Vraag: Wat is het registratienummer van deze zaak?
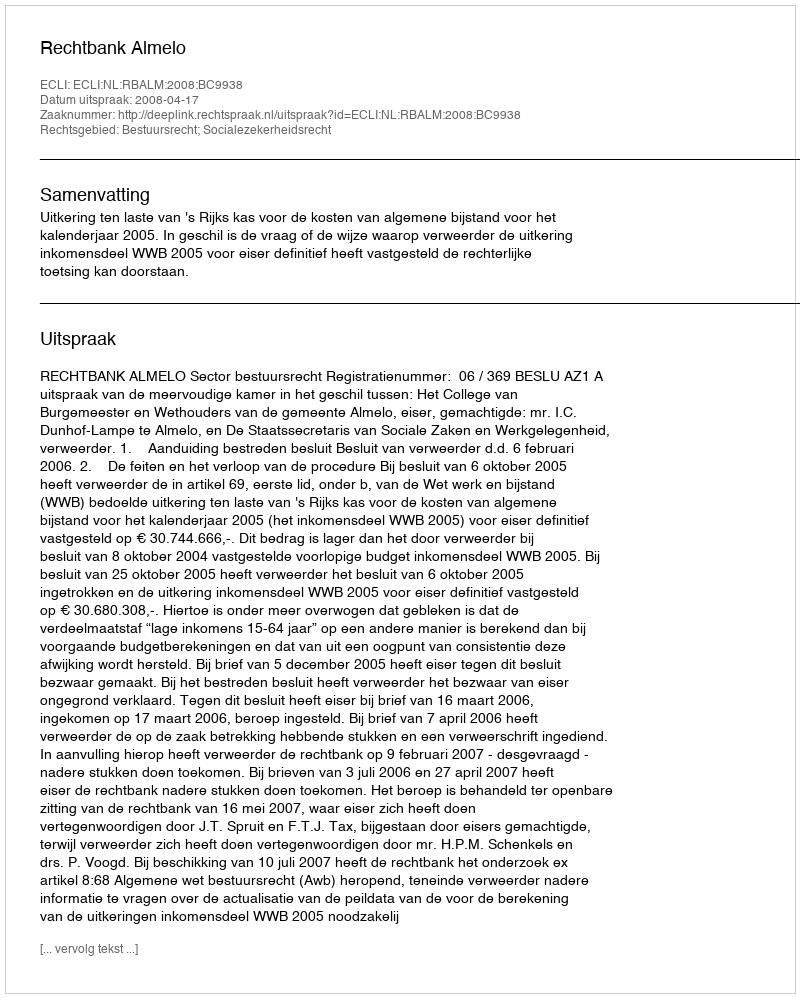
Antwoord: http://deeplink.rechtspraak.nl/uitspraak?id=ECLI:NL:RBALM:2008:BC9938